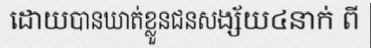
ដោយបានឃាត់ខ្លួនជនសង្ស័យ៤នាក់ ពី